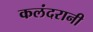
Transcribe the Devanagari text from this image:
कलंदरानी